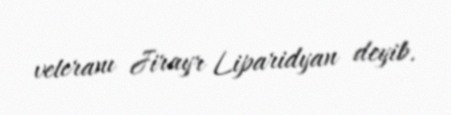
veteranı Jirayr Liparidyan deyib.